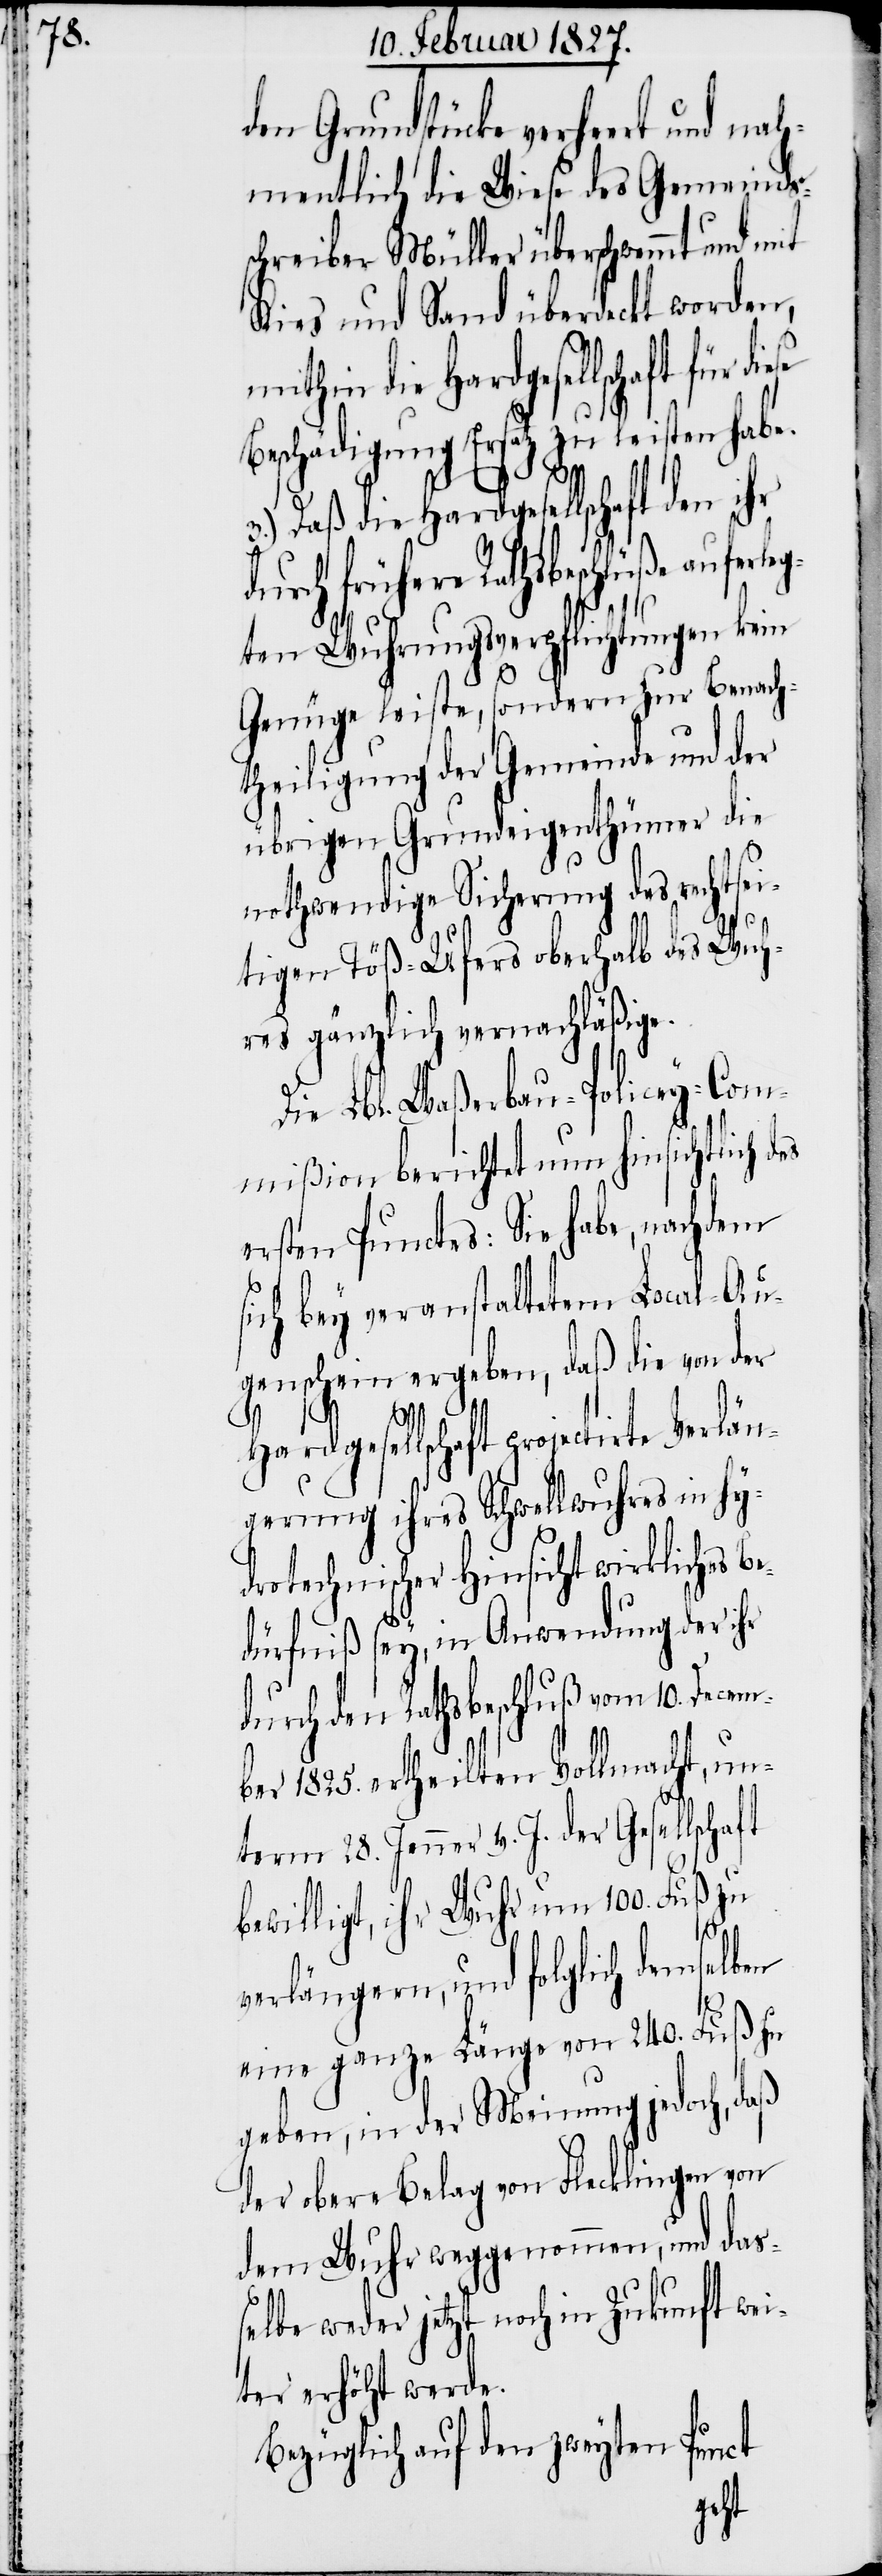
den Grundstücke verheert und nah¬
mentlich die Wiese des Gemeinds¬
schreibers Müller überschwemmt und mit
Kies und Sand überdeckt worden,
mithin die Hardgesellschaft für
Beschädigung Ersatz zu leisten habe.
3.) Daß die Hardgesellschaft den ihr
frühere Rathsbeschlüße aufer¬
ten Wuhrungsverpflichtungen kein
e¬
Genüge leiste, sondern zur Benach¬
theiligung der Gemeinde und der
übrigen Grundeigenthümer die
nothwendige Sicherung des rechtse¬
itigen Töß-Ufers oberhalb des Wuh¬
res gänzlich vernachläßige.
Die Lbl. Waßerbau-Policey-Com¬
mißion berichtet nun hinsichtlich
ersten Punctes: Sie habe, nachdem
sich bey veranstaltetem Local-Au¬
genschein ergeben, daß die von der
Hardgesellschaft projectirte Verlän¬
gerung ihres Schwellwuhres in hy¬
drotechnischer Hinsicht wirkliches B¬
dürfniß sey, in Anwendung der ihr
durch den Rathsbeschluß vom 10. Decem¬
ber 1825. ertheilten Vollmacht, un¬
term 28. Jenner v. J. der Gesellschaft
bewilligt, ihr Wuhr um 100. Fuß zu
verlängern, und folglich demselben
eine ganze Länge von 240. Fuß zu
geben, in der Meinung jedoch, daß
der obere Beleg von Flecklingen von
dem Wuhr weggenommen, und das¬
selbe weder jetzt noch in Zukunft wei¬
ter erhöht werde.
Bezüglich auf den zweyten Punct
leg¬